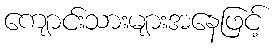
ကျောင်းသားများအနေဖြင့်